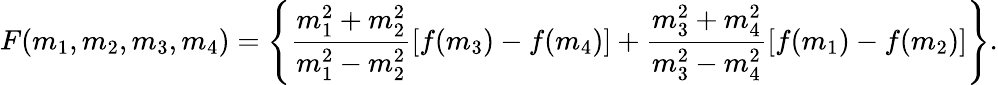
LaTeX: F(m_{1},m_{2},m_{3},m_{4})=\left\{ \frac{m_{1}^{2}+m_{2}^{2}}{m_{1}^{2}-m_{2}^{2}}[f(m_{3})-f(m_{4})]+\frac{m_{3}^{2}+m_{4}^{2}}{m_{3}^{2}-m_{4}^{2}}[f(m_{1})-f(m_{2})]\right\} .